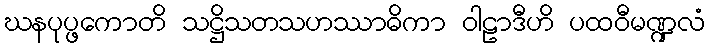
ဃနပုပ္ဖကောတိ သဋ္ဌိသတသဟဿာဓိကာ ဝါဠာဒီဟိ ပထဝီမဏ္ဍလံ